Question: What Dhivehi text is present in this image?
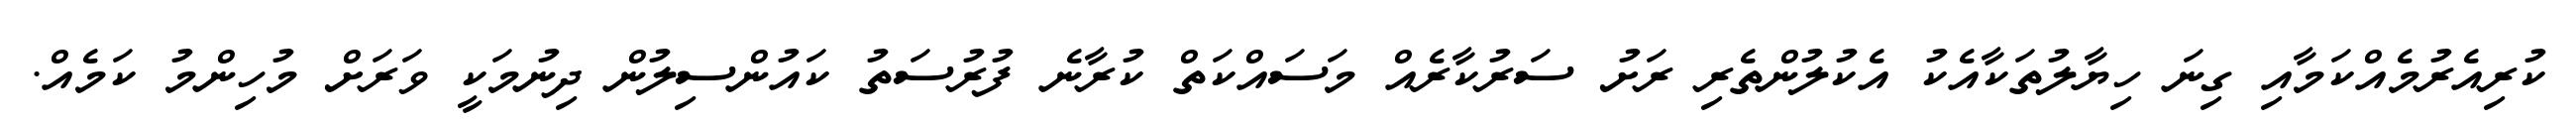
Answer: ކުރިއެރުމެއްކަމާއި ގިނަ ހިޔާލުތަކާއެކު އެކުލުންތެރި ރަށު ސަރުކާރެއް މަސައްކަތް ކުރާނެ ފުރުސަތު ކައުންސިލުން ދިނުމަކީ ވަރަށް މުހިންމު ކަމެއް.